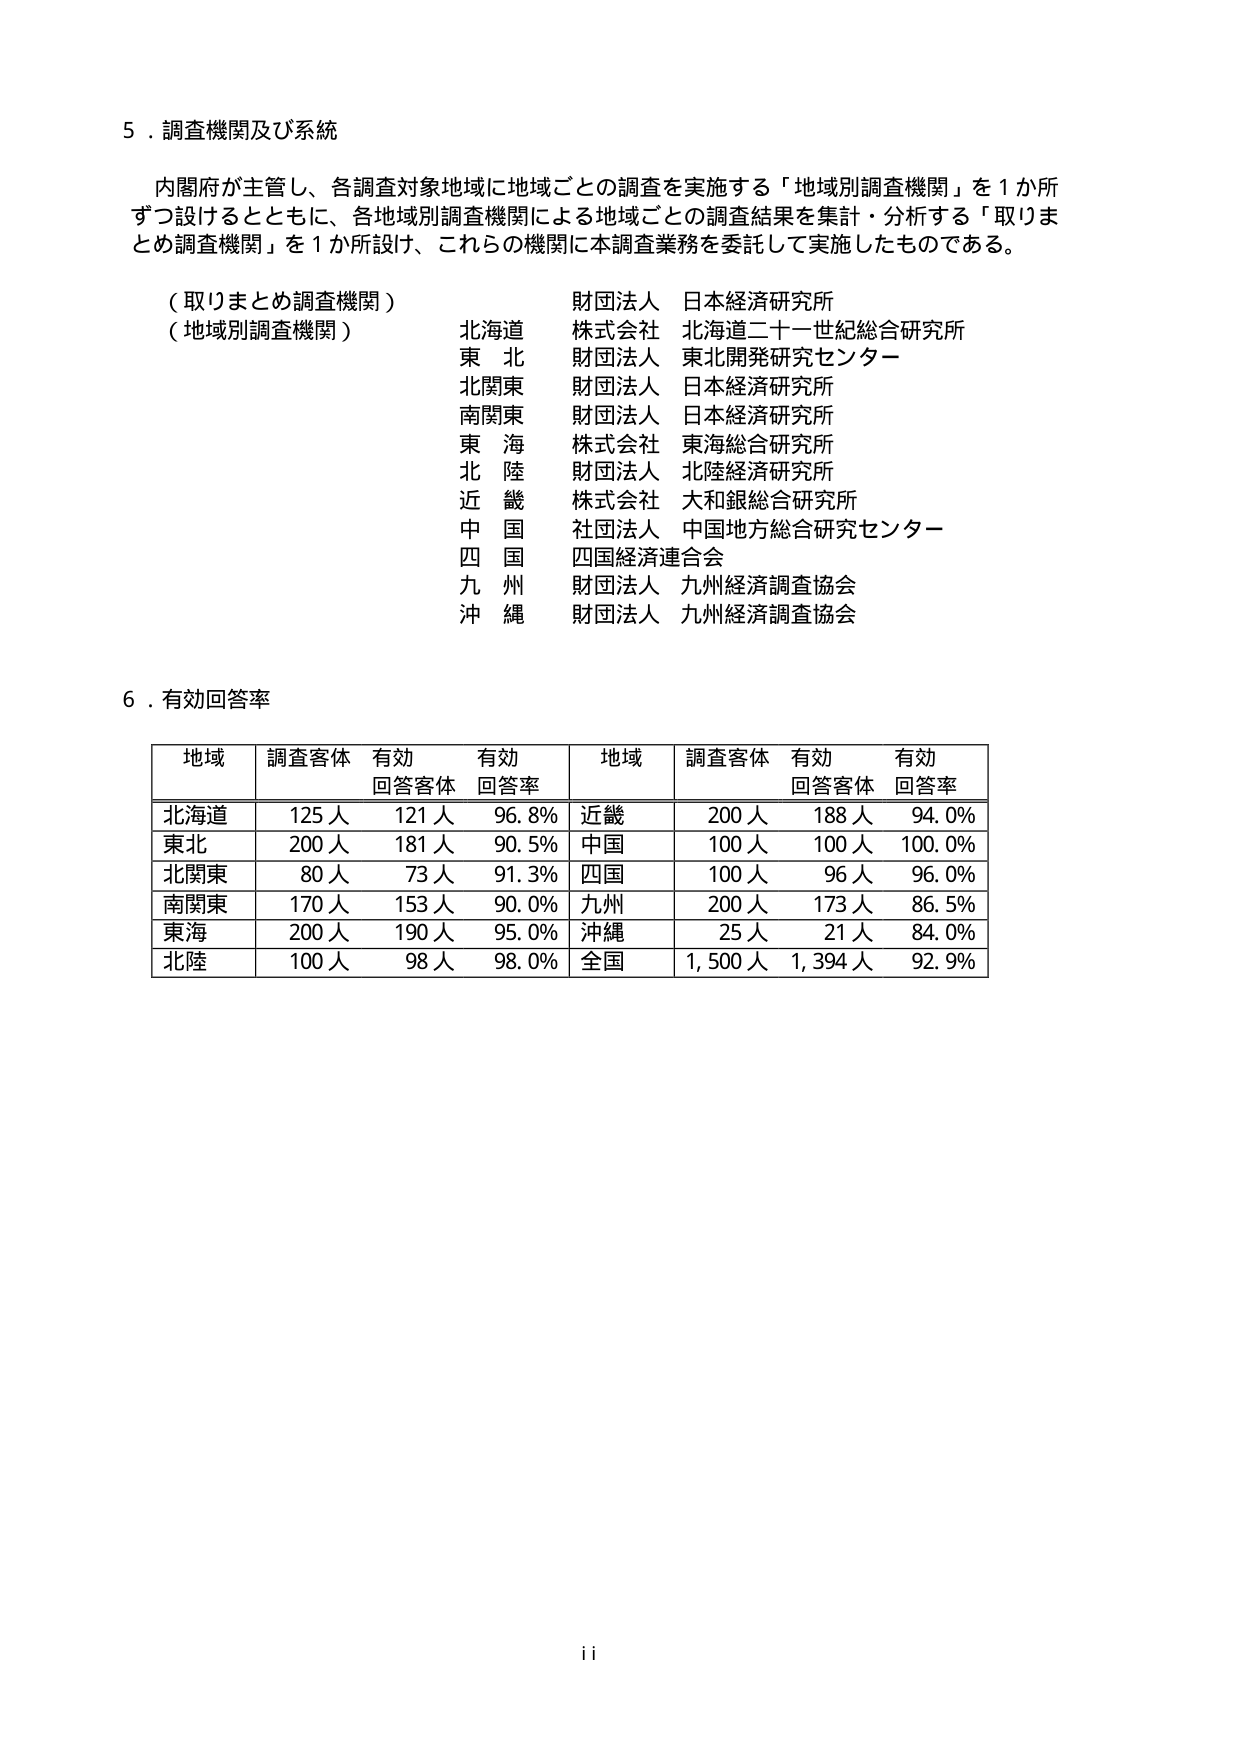
5．調査機関及び系統

内閣府が主管し、各調査対象地域に地域ごとの調査を実施する「地域別調査機関」を1か所ずつ設けるとともに、各地域別調査機関による地域ごとの調査結果を集計・分析する「取りまとめ調査機関」を1か所設け、これらの機関に本調査業務を委託して実施したものである。

（取りまとめ調査機関）
財団法人 日本経済研究所

（地域別調査機関）
北海道 株式会社 北海道二十一世紀総合研究所
東北 財団法人 東北開発研究センター
北関東 財団法人 日本経済研究所
南関東 財団法人 日本経済研究所
東海 株式会社 東海総合研究所
北陸 財団法人 北陸経済研究所
近畿 株式会社 大和銀総合研究所
中国 社団法人 中国地方総合研究センター
四国 四国経済連合会
九州 財団法人 九州経済調査協会
沖縄 財団法人 九州経済調査協会

6．有効回答率

地域 調査客体 有効回答客体 有効回答率 地域 調査客体 有効回答客体 有効回答率
北海道 125人 121人 96.8% 近畿 200人 188人 94.0%
東北 200人 181人 90.5% 中国 100人 100人 100.0%
北関東 80人 73人 91.3% 四国 100人 96人 96.0%
南関東 170人 153人 90.0% 九州 200人 173人 86.5%
東海 200人 190人 95.0% 沖縄 25人 21人 84.0%
北陸 100人 98人 98.0% 全国 1,500人 1,394人 92.9%

ii